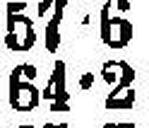
64•2